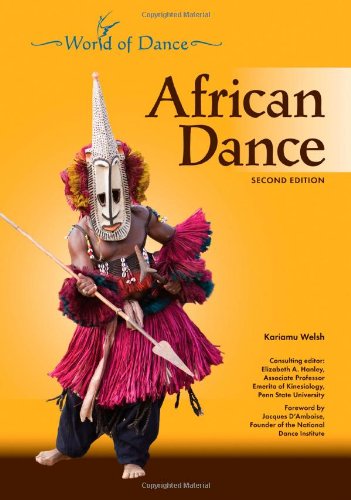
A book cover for African Dance (World of Dance (Chelsea House Hardcover)); Kariamu Welsh; Teen & Young Adult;